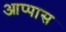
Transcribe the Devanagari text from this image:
आप्पास